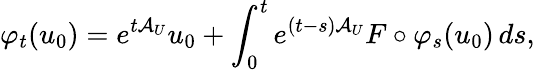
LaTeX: \varphi_{t}(u_{0})=e^{t\mathcal{A}_{U}}u_{0}+\int_{0}^{t}e^{(t-s)\mathcal{A}_{U}}F\circ\varphi_{s}(u_{0})\, ds,